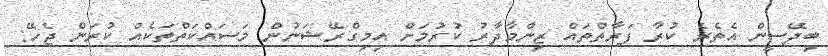
ބިދޭސީން އެތެރެ ކުރާ ފަރާތްތައް ޒިންމާދާރު ކުރުމަށް އިމިގްރޭޝަނުން މަސައްކަތްތަކެއް ކުރަން ޖެހޭ: